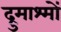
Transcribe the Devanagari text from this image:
द्रुमाश्मों